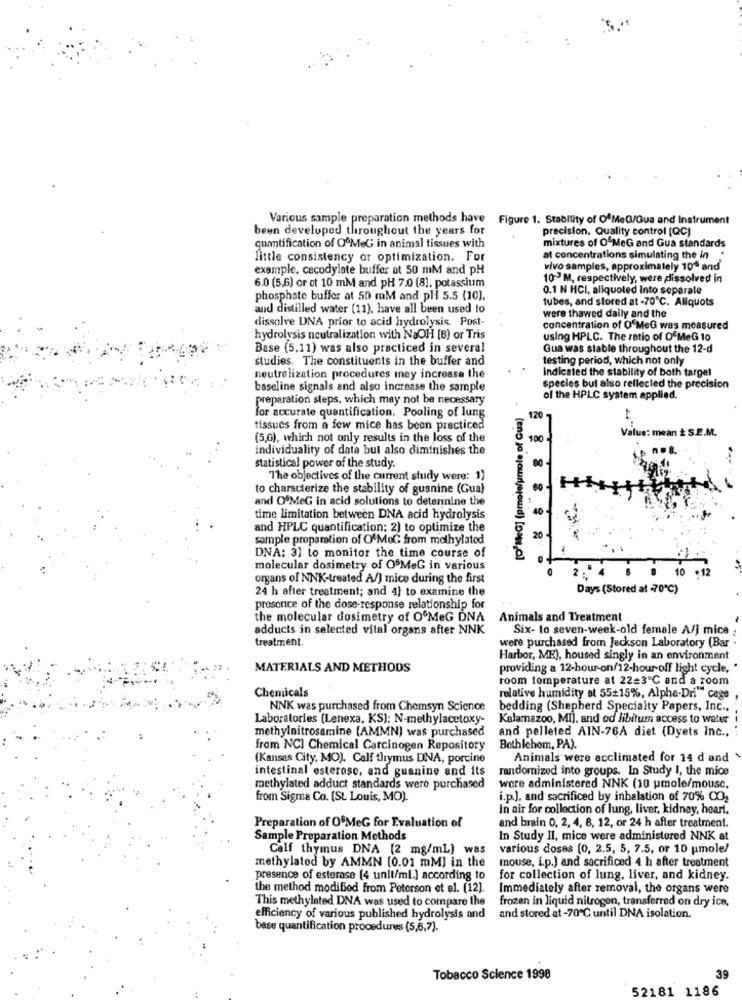
Various sample preparation methods have
Figure 1. Stability of OfMeQ/Gua and Instrument
been developed throughout the years for
precision. Quality control (QC)
mixtures of O MeG and Gua standards
quantification of OªMeG in animal tissues with
little consistency or optimization. For
at concentrations simulating the in
example, cacodylate buffer ot 50 mM and pH
vivo samples, approximately 10º and
10-3 M, respectively, were dissolved in
6.0 (5,6) or ot 10 mM and pH 7.0 (8), potassium
0.1 N HCI, aliquoted Into separate
phosphate buffer at 50 mM and pli 5.5 (10).
tubes, and stored at -70℃. Allquots
and distilled water (11). have all been used to
dissolve DNA prior to acid hydrolysis. Post-
were thawed daily and the
concentration of O'MeG was measured
hydrolysis neutralization with NaOH (B) or Tris
using HPLC. The ratio of OfMeG 10
Base (5.11) was also practiced in several
Gua was stable throughout the 12-d
studies. The constituents in the buffer and
testing period, which not only
indicated the stability of both target
neutrolization procedures mey increase the
baseline signals and also increase the sample
species but also reflected the precision
preparation steps, which may not be necessary
of the HPLC system applied.
G] (pmolefumole of Gua)
for accurate quantification. Pooling of lung
120
tissues from a few mice has been practiced
Value: mean È S.E.M.
(5,6), which not only results in the loss of the
100
individuality of data but also diminishes the
statistical power of the study.
The objectives of the current study were: 1)
to characterize the stability of guanine (Gua)
and O'MeG in acid solutions to determine the
time limitation between DNA acid hydrolysis
and HPLC quantification; 2) to optimize the
sample preparation of O'MeG from methylated
DNA: 3] to monitor the time course of
molecular dosimetry of OfMeG in various
10
+12
organs of NNK-treated A/) mice during the first
24 h after treatment; and 4} to examine the
Days (Stored at -70℃)
prosonce of the dose-response relationship for
the molecular dosimetry of O'MeG DNA
Animals and Treatment
adducts in selected vital organs after NNK
Six- to seven-week-old female A/] mice .
treatment.
were purchased from Jackson Laboratory (Bar
Harbor, ME), housed singly in an environment
MATERIALS AND METHODS
providing a 12-hour-on/12-hour-off light cycle, "
room temperature at 22+3℃ and a room
Chemicals
relative humidity at 55+15%, Alpha-Dri"" cage ,
NNK was purchased from Chemsyn Science
bedding (Shepherd Specialty Papers, Inc ..
Laboratories (Lenexa, KS); N-methylacetoxy-
Kalamazoo, MI), and od libitum access to water
methylnitrosamine (AMMN) was purchased
and pelleted AIN-76A diet (Dyets Inc .,
fram NCI Chemical Carcinogen Repository
Bothichom, PA).
(Kansas City, MO). Calf thymus DNA, porcine
Animals were acclimated for 14 d and
intestinal esterasc, and guanine and its
randomized into groups. In Study I, the mice
methylated adduct standards were purchased
wore administered NNK (10 pmole/mouse,
from Sigma Co. (St. Louis, MO).
i.p.J. and sacrificed by inhalation of 70% CO2
In air for collection of lung, liver, kidney, heart.
Preparation of O'MeG for Evaluation of
and brain 0, 2, 4, 8, 12, or 24 h after treatment.
Sample Preparation Methods
In Study II, mice were administered NNK at
Calf thymus DNA [2 mg/ml) was
various doses (0, 2.5, 5, 7.5, or 10 pmole!
mouse, i.p.) and sacrificed 4 h after treatment
methylated by AMMN [0.01 mM] in the
presence of estorase [4 unit/ml.) according to
for collection of lung, liver, and kidney.
the method modified from Peterson et el. (12).
Immediately after removal, the organs were
This methylated DNA was used to compare the
frozen in liquid nitrogen, transferred on dry ice,
efficiency of various published hydrolysis and
and stored at -70℃ until DNA isolation.
base quantification procedures (5,6,7).
39
Tobacco Science 1998
52181 1186